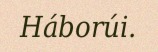
Háborúi.